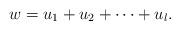
LaTeX: \begin{align*}w=u_1+u_2+\cdots+u_l. \end{align*}